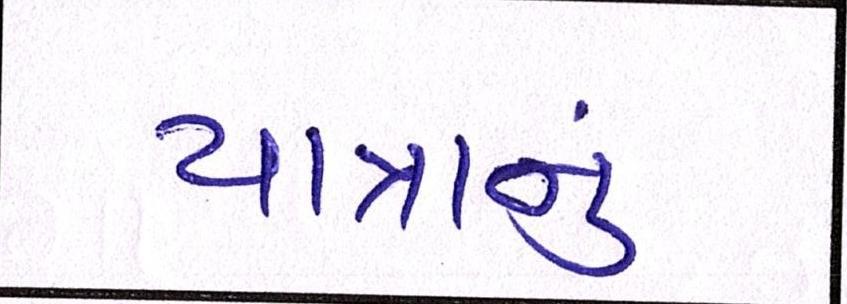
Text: યાત્રાનું